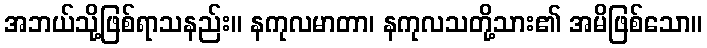
အဘယ်သို့ဖြစ်ရာသနည်း။ နကုလမာတာ၊ နကုလသတို့သား၏ အမိဖြစ်သော။